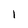
Character: l